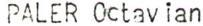
PALER 0ctavian